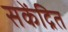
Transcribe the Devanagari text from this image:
सकेंद्रित